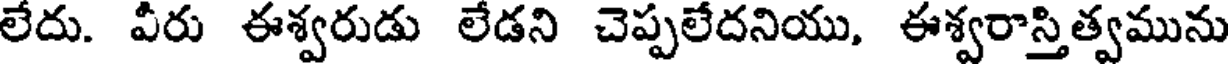
లేదు. వీరు ఈశ్వరుడు లేడని చెప్పలేదనియు, ఈశ్వరాస్తిత్వమును